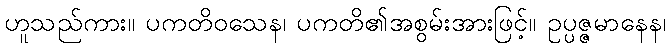
ဟူသည်ကား။ ပကတိဝသေန၊ ပကတိ၏အစွမ်းအားဖြင့်။ ဥပ္ပဇ္ဇမာနေန၊